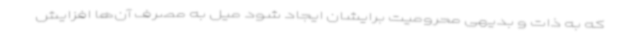
که به ذات و بدیهی محرومیت برایشان ایجاد شود میل به مصرف آن‌ها افزایش